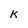
Character: K